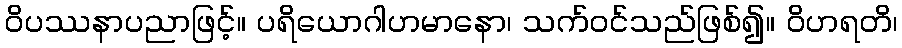
ဝိပဿနာပညာဖြင့်။ ပရိယောဂါဟမာနော၊ သက်ဝင်သည်ဖြစ်၍။ ဝိဟရတိ၊